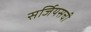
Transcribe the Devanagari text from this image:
सर्जियसची